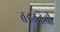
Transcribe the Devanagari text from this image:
तर्‍हतर्‍हेची